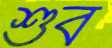
শুব